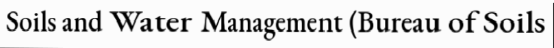
Soils and Water Management (Bureau of Soils